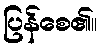
ပြန်စေ၏။